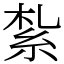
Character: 紮